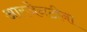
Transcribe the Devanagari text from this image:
आरजेनटीना